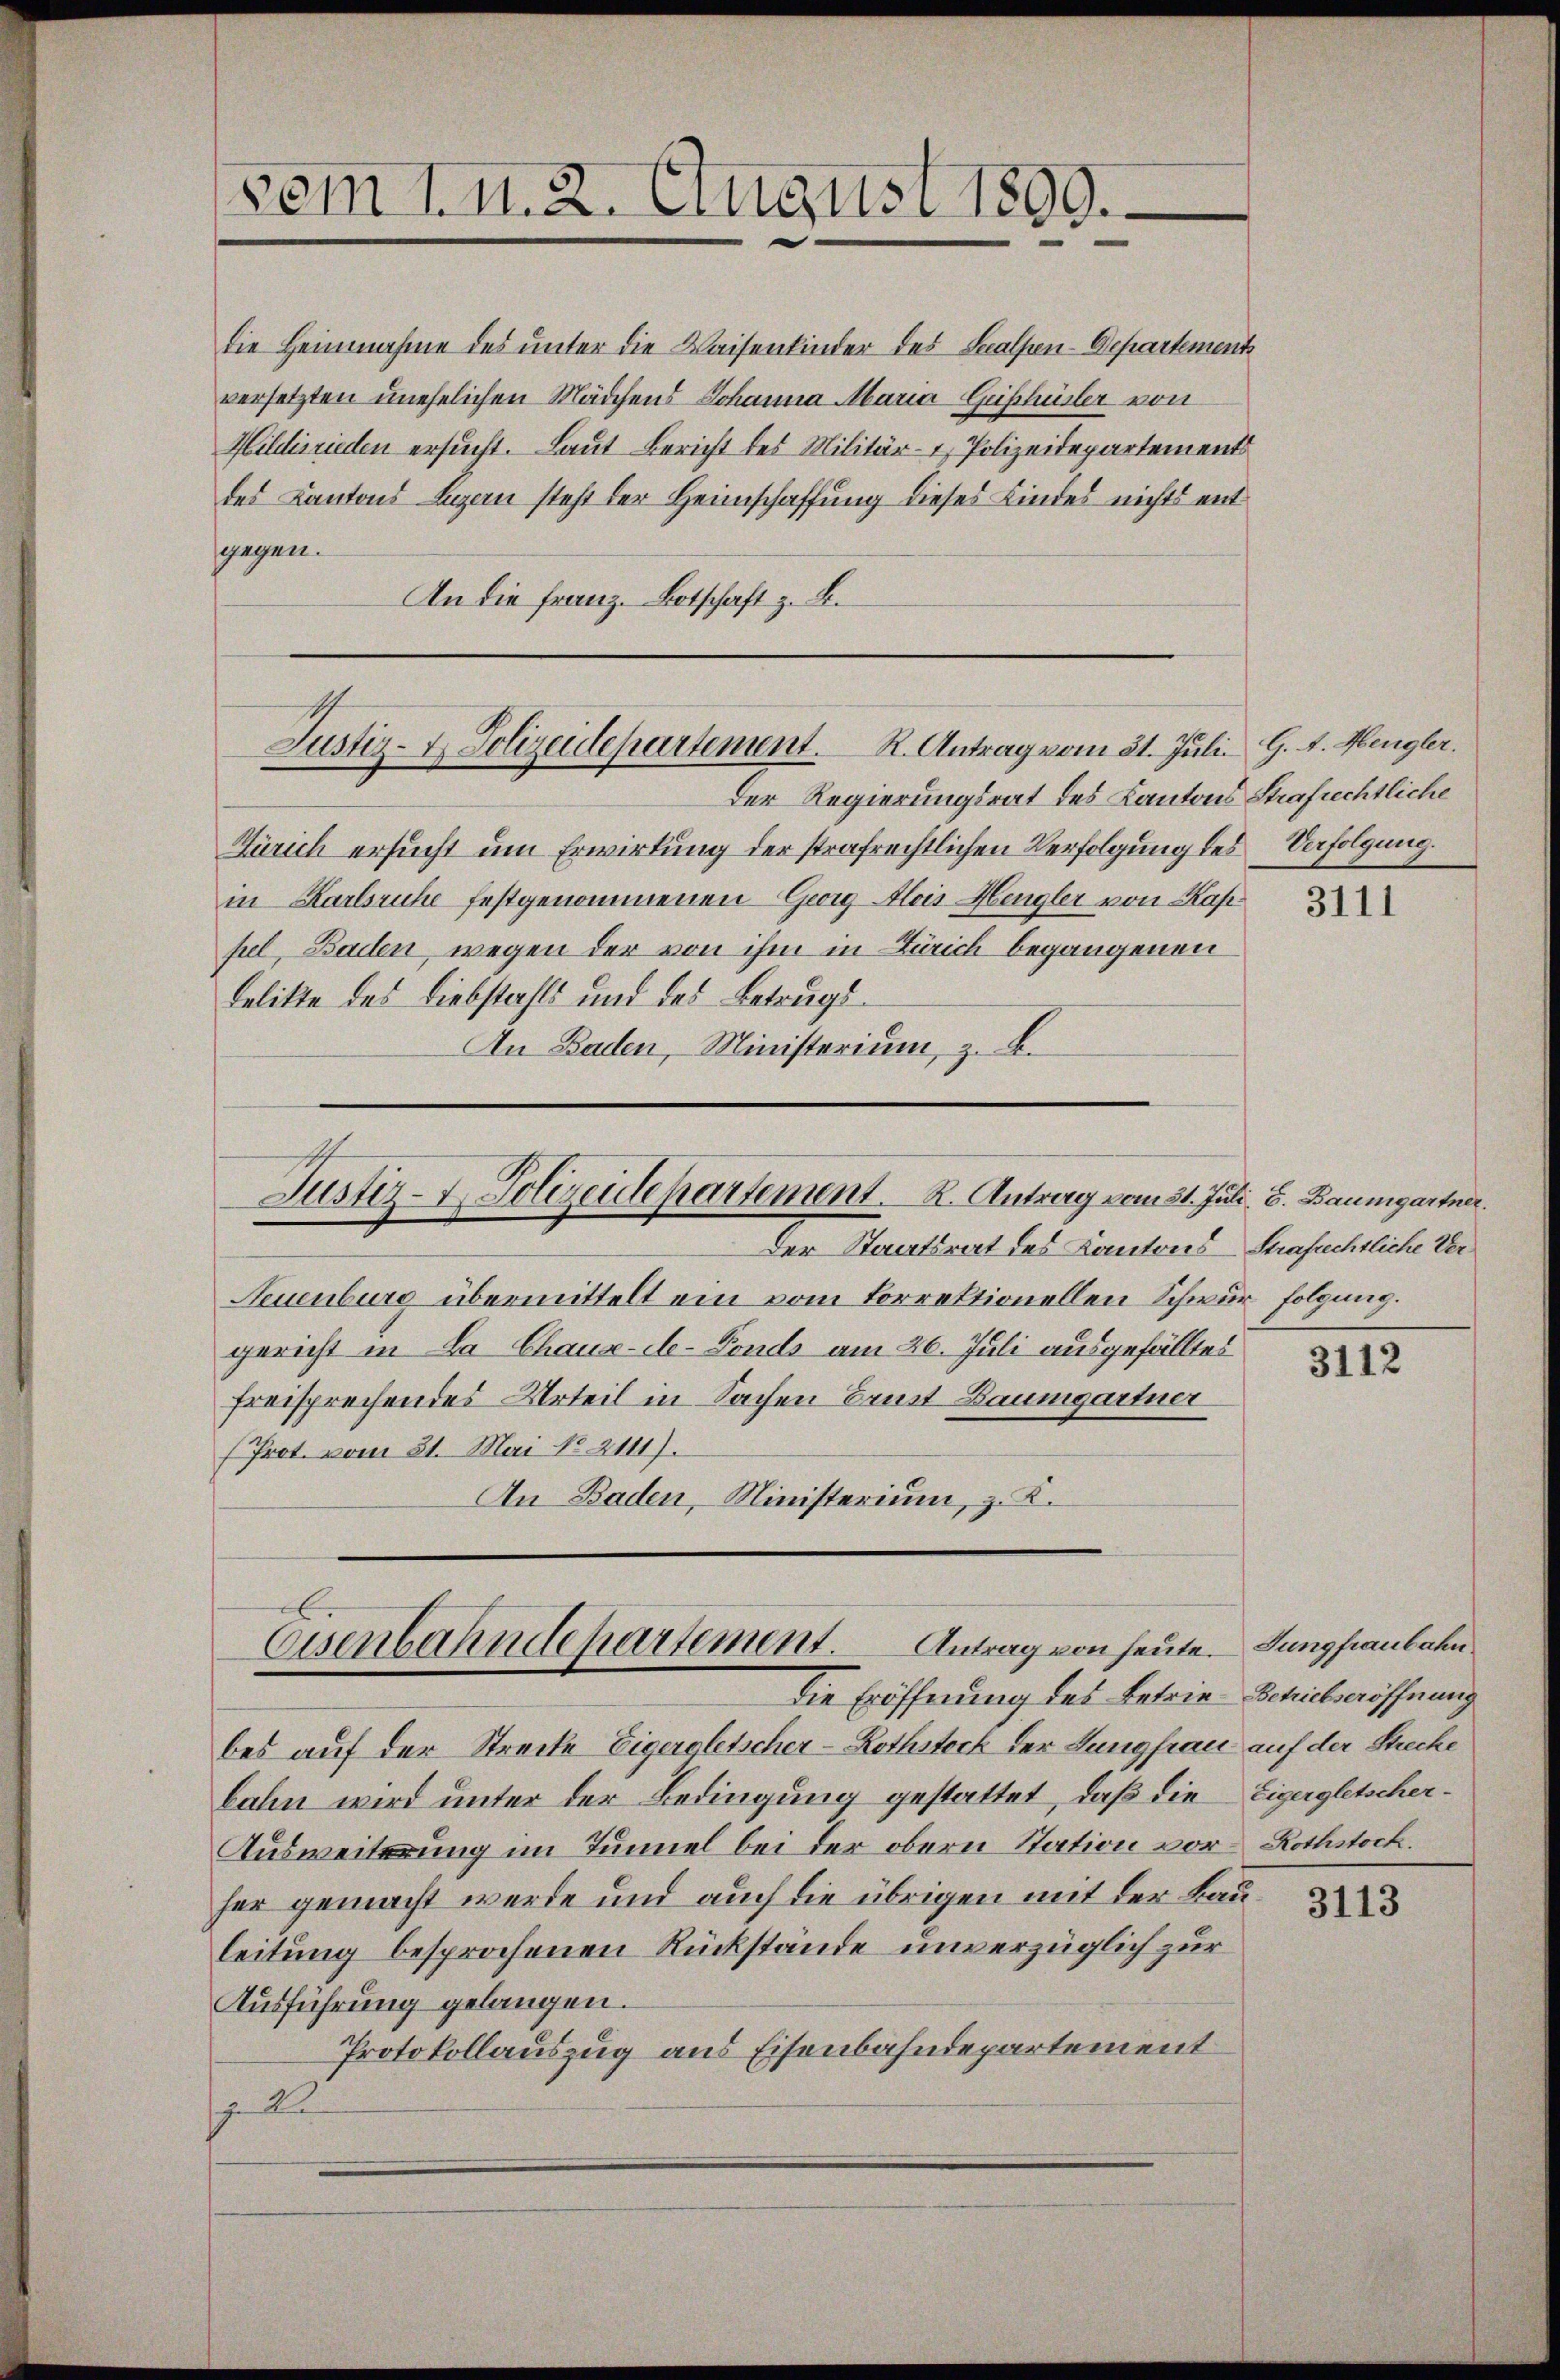
die Heinnahme des unter die Waisenkinder des Salpen-Departement
versetzten unehelichen Mädchens Johanna Maria-Geisschüsler von
Hildisrieden ersucht. Laut Bericht des Militär- & Polizeidepartements
des Cantons Luzern steht der Heimschaffung dieses Kindes nichts ent
sgegen.
An die Franz. Botschaft z. B.
Der Regierungsrat des Kantons Strafrechtliche
Zürich ersucht um Erwirkung der strafrechtlichen Verfolgung des Verfolgung.
in Karlsruhe festgenommenen Georg Alois Hengler von Kappel, Baden, wegen der von ihm in Zürich begangenen
belitte des Liebstahls und des Betrags¬
An Baden, Ministerium, z. B.
Justiz- & Polizeidepartement. R. Antrag vom 31. Juli, 8. Baumgartner.
Der Steuertinert des Kanton Sunsüchtliche Ver
Neuenburg übermittelt ein vom Correktionellen Schwur folgung.
gericht in La Chaux-de-Fonds am 26. Juli ausgefälltes
freisprechendes Urteil in Sachen Brust Baumgartner
(Prot. vom 21. Mai No 2111).
An Baden, Ministerium, z. K.

sem 1. n. 2. August 1890.

Justiz- & Polizeidepartement. R. Antrag vom 21. Juli G. L. Mengler.

Eisenbahndepartement. Antrag von heute. Jungfraubahn
Die Eröffnung des Betrie-Schiebseröffnung

bes auf der Strecke Eigeroletscher-Rothstock der Jungfrau auf der Steche
bahn wird unter der Bedingung gestattet, daß die Eigergletscher¬
Ausweiterung im Tunnel bei der obern Station vor- Rothstock.
her gemacht werde und auch die übrigen mit der Bauleitung besprochenen Rückstände unverzüglich zur
Ausführung gelangen.
Protokollauszug aus Eisenbahndepartement
 2

3111

3112

3113